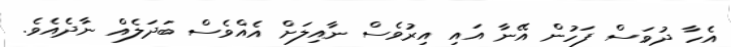
އެހާ ދުވަސް ފަހުން އޭނާ އައި އިރުވެސް ނާއިލަށް އެއްވެސް ބަދަލެއް ނާދެއެވެ.